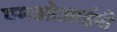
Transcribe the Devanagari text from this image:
एमओआईपी